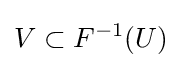
V\subset F^{-1}(U)